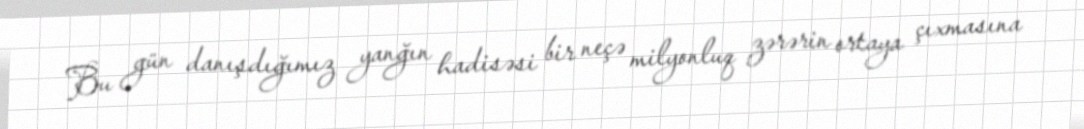
Bu gün danışdığımız yanğın hadisəsi bir neçə milyonluq zərərin ortaya çıxmasına